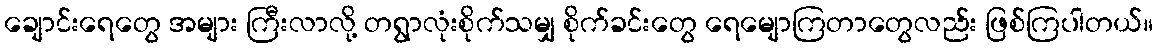
ချောင်းရေတွေ အများ ကြီးလာလို့ တရွာလုံးစိုက်သမျှ စိုက်ခင်းတွေ ရေမျောကြတာတွေလည်း ဖြစ်ကြပါတယ်။